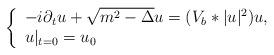
LaTeX: \begin{align*}\left\{\begin{array}{l}-i\partial_tu + \sqrt{m^2-\Delta}u = (V_b*|u|^2)u, \\u|_{t=0} = u_0\end{array}\right.\end{align*}